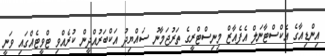
އިންޑިއާގެ އެކްސްޓާނަލް އެފެއާޒް މިނިސްޓްރީގެ ތަރުޖަމާނު ސައްޔިދު އަކްބަރުއްދީން ކުރެއްވި ޓްވީޓެއްގައި ވަނީ